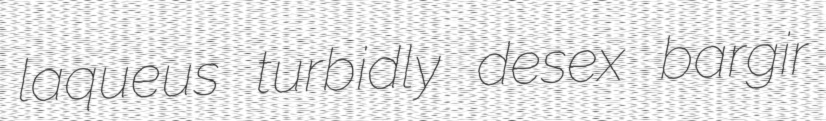
laqueus turbidly desex bargir